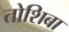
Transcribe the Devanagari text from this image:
तोशिबा